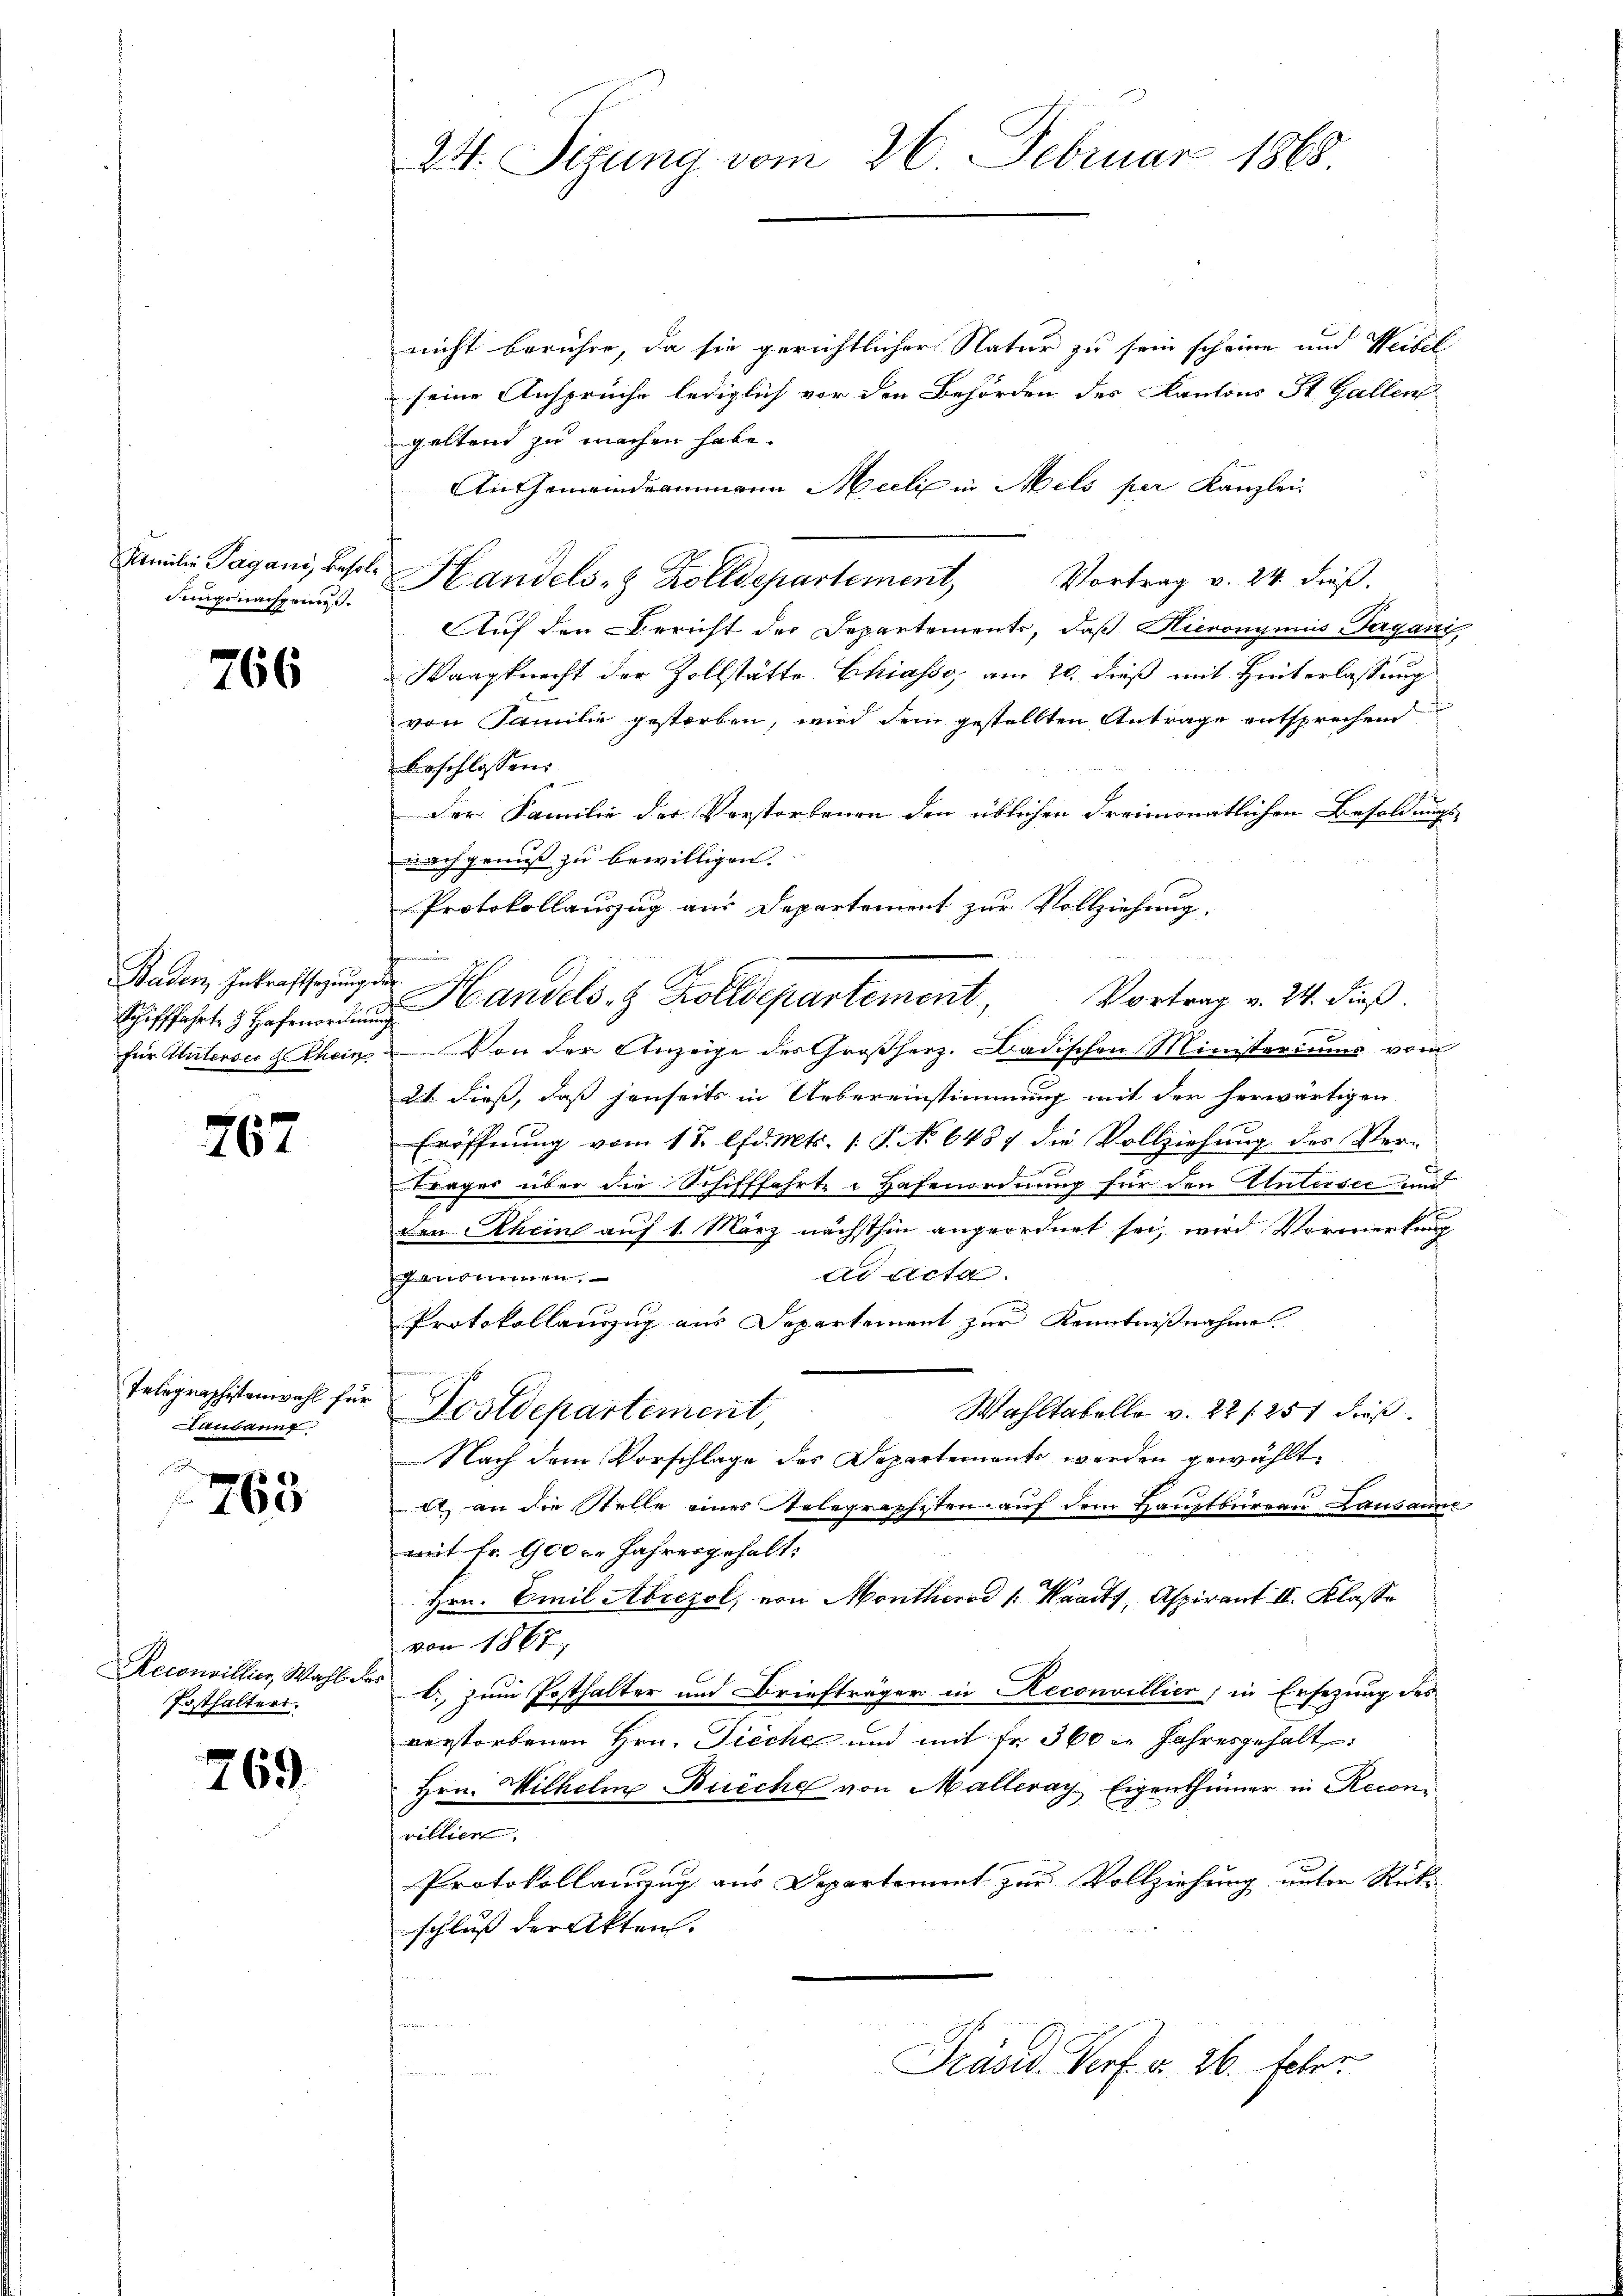
Familie Tagani, Besol
Jungsnachgann.

766

Baden Inkraftsetzungs
Schifffahrte Hafenordnun
für Untersee d. Rhein

767

Telegraphistenwahl für
aubanng

100

Reconvillier, Wahl der
Posthalters.

769

24. Sizung vom 26. Februar 1865

nicht berühre, da sie gerichtlicher Natur zu sein scheine und Weibel
seine Ansprüche lediglich vor den Behörden des Kantons St. Gallen
geltend zu machen habe.
An Gemeindeammann Mieli in Mils per Kanzlei
Vortrag v. 24. dieß.
Handels- & Zolldepartement,
Auf den Bericht der Departements, daß Hieronymus-Tagari,
Waagknecht der Zollstätte Chiasso, am 20. dieß mit Hinterlassung
von Familie gestorben, wird dem gestellten Antrage entsprechen
beschlossen:
Der Familie der Verstorbenen den üblichen dreimonatlichen Besoldungs-
nachgenuß zu bewilligen.
Protokollauszug aus Departement zur Vollziehung.

d. Handels, z. Zolldepartement,
Vortrag v. 24. dieß.
Von der Anzeige des Großherz. Badischen Ministeriums vom
2t. dieß, daß jenseits in Uebereinstimmung mit der herwärtigen
Eröffnung vom 17. d. Mts. 1. P. No 6487 die Vollziehung des Ver¬
Frages über die Schifffahrte Hafenordnung für den Untersee und
den Rheine auf 1. März nächsthin angeordnet sei, wird Vormerkung
dd Acta.
brette
Protokollauszug aus Departement zur Kenntnißnahme
Wahltabelle v. 22 f. 257 dieß.
Postdepartement
Nach dem Vorschlage des Departement werden gewählt.
1 an die Stelle eines Telegrapheten auf dem Hauptbüreau Landamm
mit Fr. 1000 Jahrengehalt:
Hrn. Emil Abrezol, von Montheid : Waadt, Aspirant II. Klasse
von 1867,
d. zum Posthalter und Briefträger in Reconvillier, in Ersezung des
verstorbenen Hrn. Dieche und mit Fr. 360. Jahresgehalt:
Hrn. Wilhelm Buche von Malleray Eigenthümer in Reconi
vittier,
Protokollauszug aus Departement zur Vollziehung unter Rückschluß der Akten.
¬
Präsid. Verf. v. 26. Feber